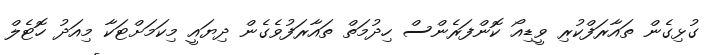
ގުޅިގެން ތައާރަފްކުރި ވީޑިއޯ ކޮންފަރެންސް ހިދުމަތް ތައާރަފުވެގެން ދިޔައީ މިކަމަށްޓަކާ މިއަދު ހޮޓެލް